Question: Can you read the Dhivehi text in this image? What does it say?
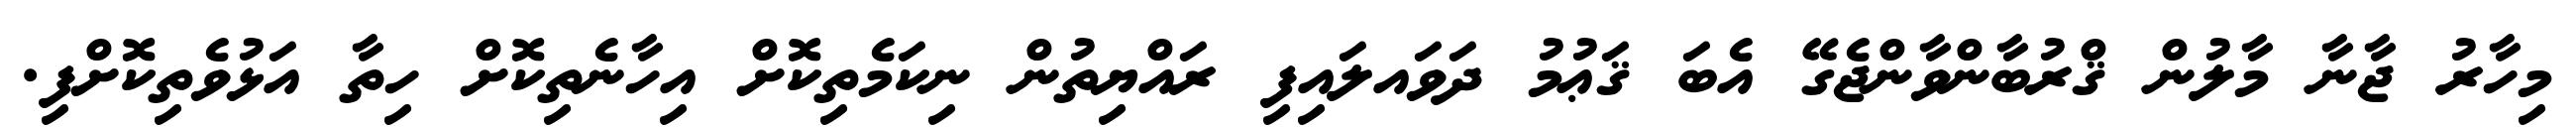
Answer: މިހާރު ޖާނާ މާލުން ޤްރުބާންވާންޖެގޭ އެބަ ޤަޢުމު ދަވައލައިފި ރައްޔިތުން ނިކަމެތިކޮށް އިހާނެތިކޮށް ހިތާ އަޅުވެތިކޮށްފި.